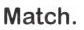
Match.